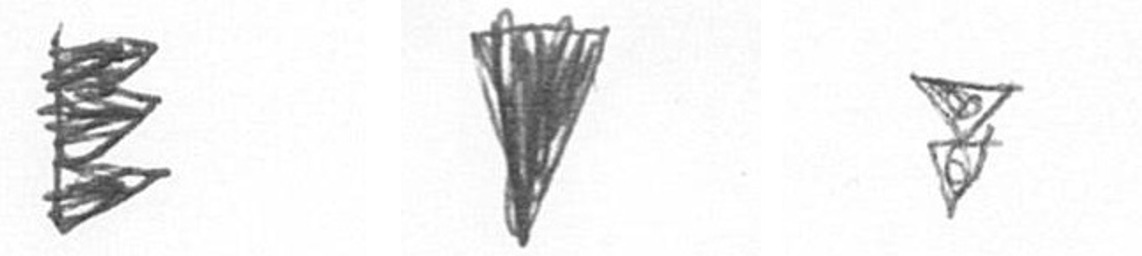
H J Z